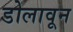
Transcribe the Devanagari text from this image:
डोलावून